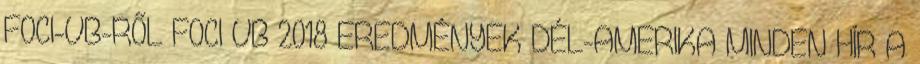
FOCI-VB-RŐL FOCI VB 2018 EREDMÉNYEK DÉL-AMERIKA MINDEN HÍR A